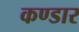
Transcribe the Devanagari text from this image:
कण्डार